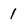
Character: 1